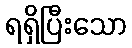
ရရှိပြီးသော